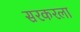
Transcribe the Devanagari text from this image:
सरकरला